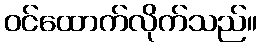
ဝင်ထောက်လိုက်သည်။